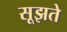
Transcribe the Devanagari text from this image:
सूझते